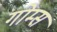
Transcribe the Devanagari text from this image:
गोम्‍स